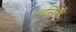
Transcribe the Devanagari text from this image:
वसिष्ठो